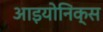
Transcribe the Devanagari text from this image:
आइयोनिक्स